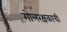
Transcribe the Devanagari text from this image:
गोलरक्षकाची